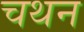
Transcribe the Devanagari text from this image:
चथन